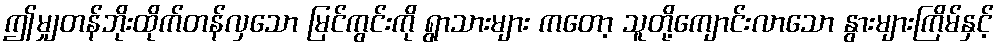
ဤမျှတန်ဘိုးထိုက်တန်လှသော မြင်ကွင်းကို ရွာသားများ ကတော့ သူတို့ကျောင်းလာသော နွားများကြိမ်နှင့်